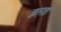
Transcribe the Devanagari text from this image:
ज्ञानता